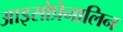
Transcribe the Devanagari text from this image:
आइसोप्रेनालिन